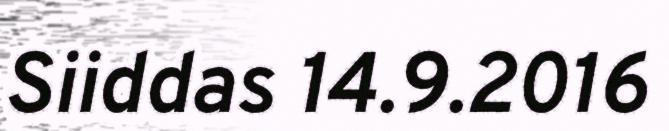
Siiddas 14.9.2016